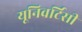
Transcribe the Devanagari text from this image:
यूनिवर्टिसी